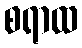
စရာထ